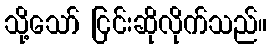
သို့သော် ငြင်းဆိုလိုက်သည်။